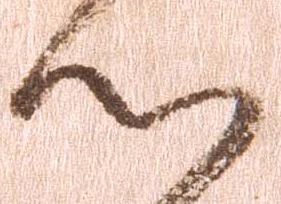
心